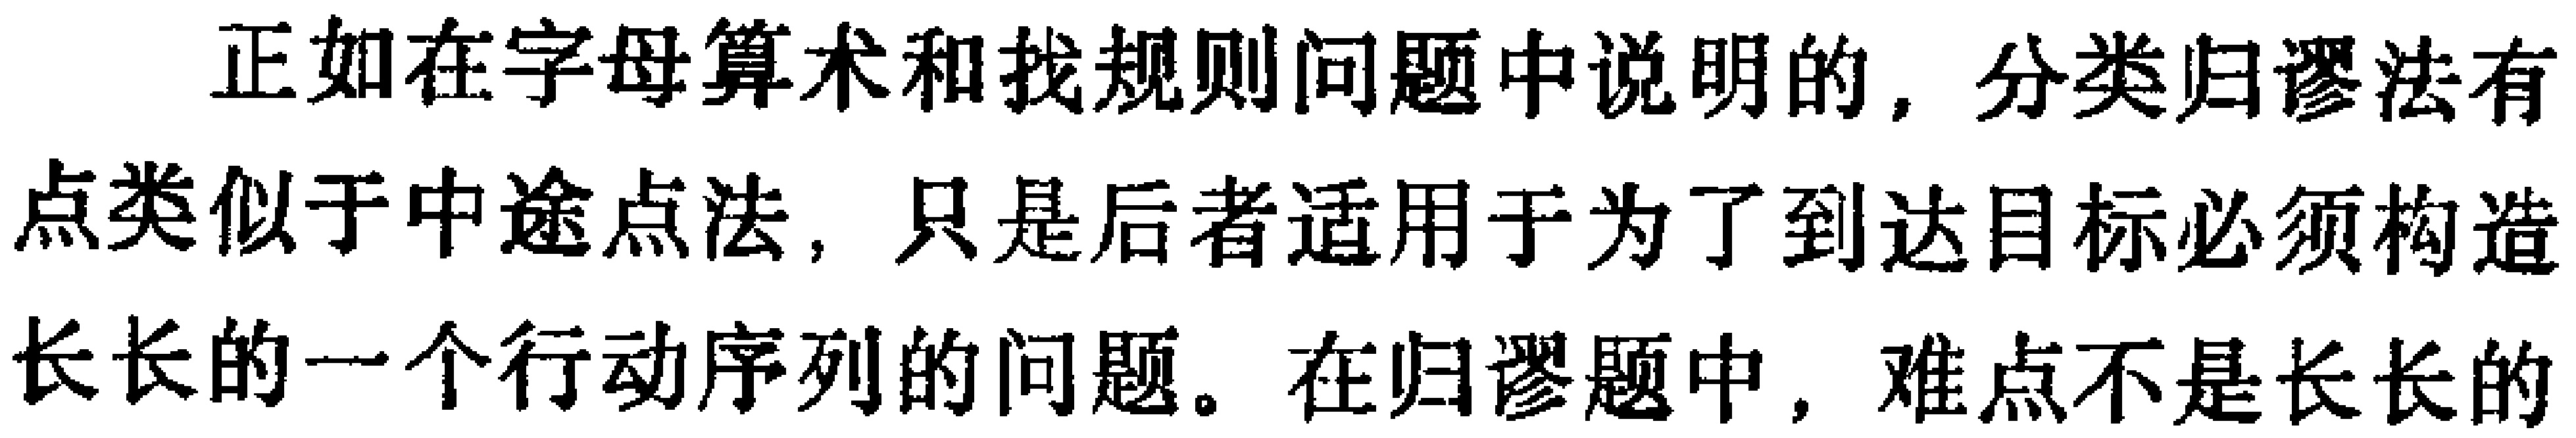
正如在字母算术和找规则问题中说明的，分类归谬法有点类似于中途点法，只是后者适用于为了到达目标必须构造长长的一个行动序列的问题。在归谬题中，难点不是长长的